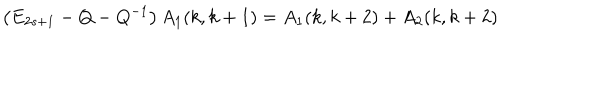
\left( E _ { 2 s + 1 } - Q - Q ^ { - 1 } \right) A _ { 1 } ( k , k + 1 ) = A _ { 1 } ( k , k + 2 ) + A _ { 2 } ( k , k + 2 )